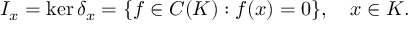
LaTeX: I _ { x } = \ker \delta _ { x } = \{ f \in C ( K ) : f ( x ) = 0 \} , \quad x \in K .